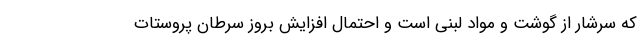
که سرشار از گوشت و مواد لبنی است و احتمال افزایش بروز سرطان پروستات